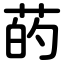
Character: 菂